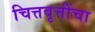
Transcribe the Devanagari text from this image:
चित्तवृत्तींचा